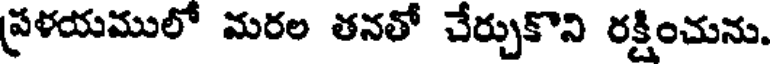
ప్రళయములో మరల తనతో చేర్చుకొని రక్షించును.